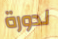
لدورة